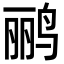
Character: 鹂